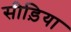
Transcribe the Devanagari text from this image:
सीड़िया